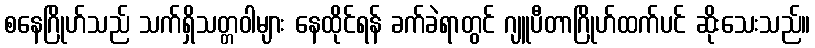
စနေဂြိုဟ်သည် သက်ရှိသတ္တဝါများ နေထိုင်ရန် ခက်ခဲရာတွင် ဂျူပီတာဂြိုဟ်ထက်ပင် ဆိုးသေးသည်။